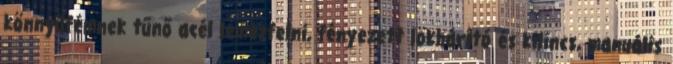
könnyűfémnek tűnő acél lemezfelni, fényezett lökhárító és kilincs, manuális